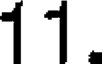
11.